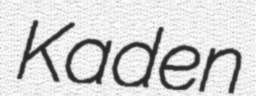
Kaden